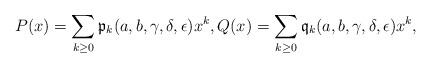
LaTeX: \begin{align*}P(x)=\sum_{k\geq 0}{\mathfrak p}_k(a,b,\gamma,\delta,\epsilon)x^k,Q(x)=\sum_{k\geq 0}{\mathfrak q}_k(a,b,\gamma,\delta,\epsilon)x^k,\end{align*}